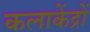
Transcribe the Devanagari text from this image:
कलाकेंद्रों